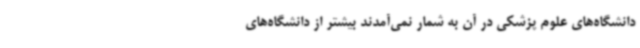
دانشگاه‌های علوم پزشکی در آن به شمار نمی‌آمدند بیشتر از دانشگاه‌های